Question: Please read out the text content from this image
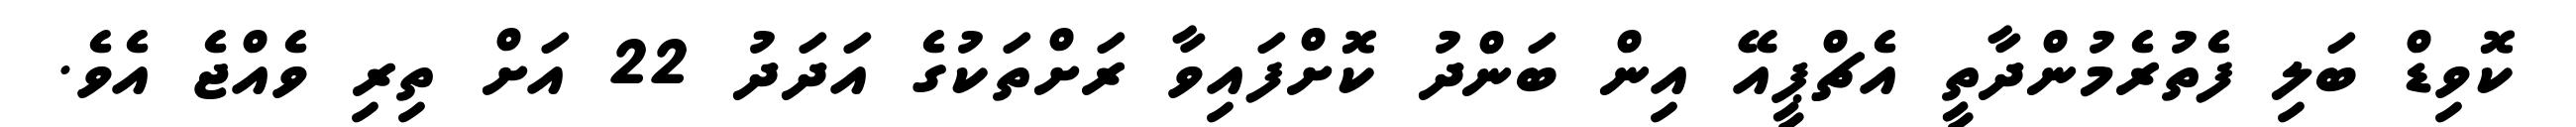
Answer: ކޮވިޑް ބަލި ފެތުރެމުންދާތީ އެޗްޕީއޭ އިން ބަންދު ކޮށްފައިވާ ރަށްތަކުގެ އަދަދު 22 އަށް ތިރި ވެއްޖެ އެވެ.